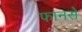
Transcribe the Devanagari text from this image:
फानसे